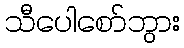
သီပေါစော်ဘွား